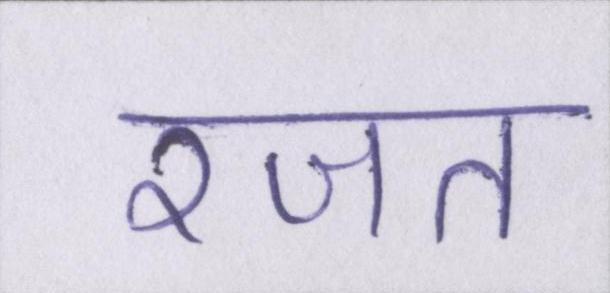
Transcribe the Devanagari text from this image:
रजत